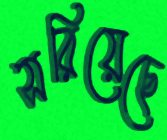
সরিয়েছে